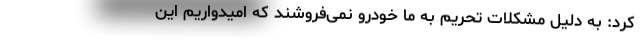
کرد: به دلیل مشکلات تحریم به ما خودرو نمی‌فروشند که امیدواریم این